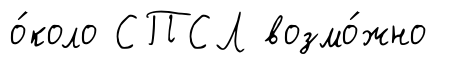
о́коло СПСЛ возмо́жно